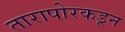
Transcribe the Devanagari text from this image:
तारापोरकडून